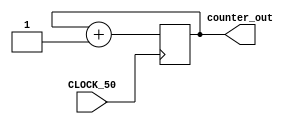
//It has a single clock input and a 32-bit output port
module simple_counter (
                        CLOCK_50,
                        counter_out
                       ); 
input         	  CLOCK_50 ;                       
output	[31:0]  counter_out;
reg      [31:0]  counter_out;
                       
always @ (posedge CLOCK_50)       		 // on positive clock edge
	begin
		counter_out <= #1 counter_out + 1;// increment counter
	end 
endmodule                        		 // end of module counter